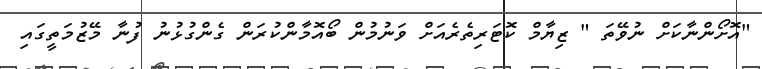
"އޮށޯންނާކަށް ނުވޭތަ " ޒިޔާމް ކޮޓަރިތެރެއަށް ވަނުމުން ބޯއޮމާންކުރަން ގެންގުޅުނު ފުނާ މޭޒުމަތީގައި